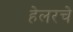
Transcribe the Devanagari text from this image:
हेलरचे